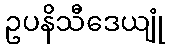
ဥပနိသီဒေယျုံ